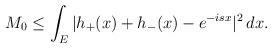
LaTeX: \begin{align*}M_0\leq\int_E|h_+(x)+h_-(x)-e^{-isx}|^2\,dx.\end{align*}